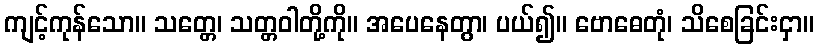
ကျင့်ကုန်သော။ သတ္တေ၊ သတ္တဝါတို့ကို။ အပေနေတွာ၊ ပယ်၍။ ဗောဓေတုံ၊ သိစေခြင်းငှာ။